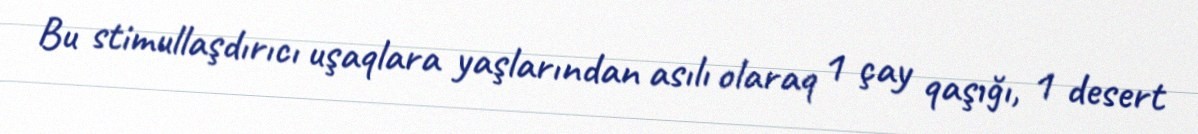
Bu stimullaşdırıcı uşaqlara yaşlarından asılı olaraq 1 çay qaşığı, 1 desert